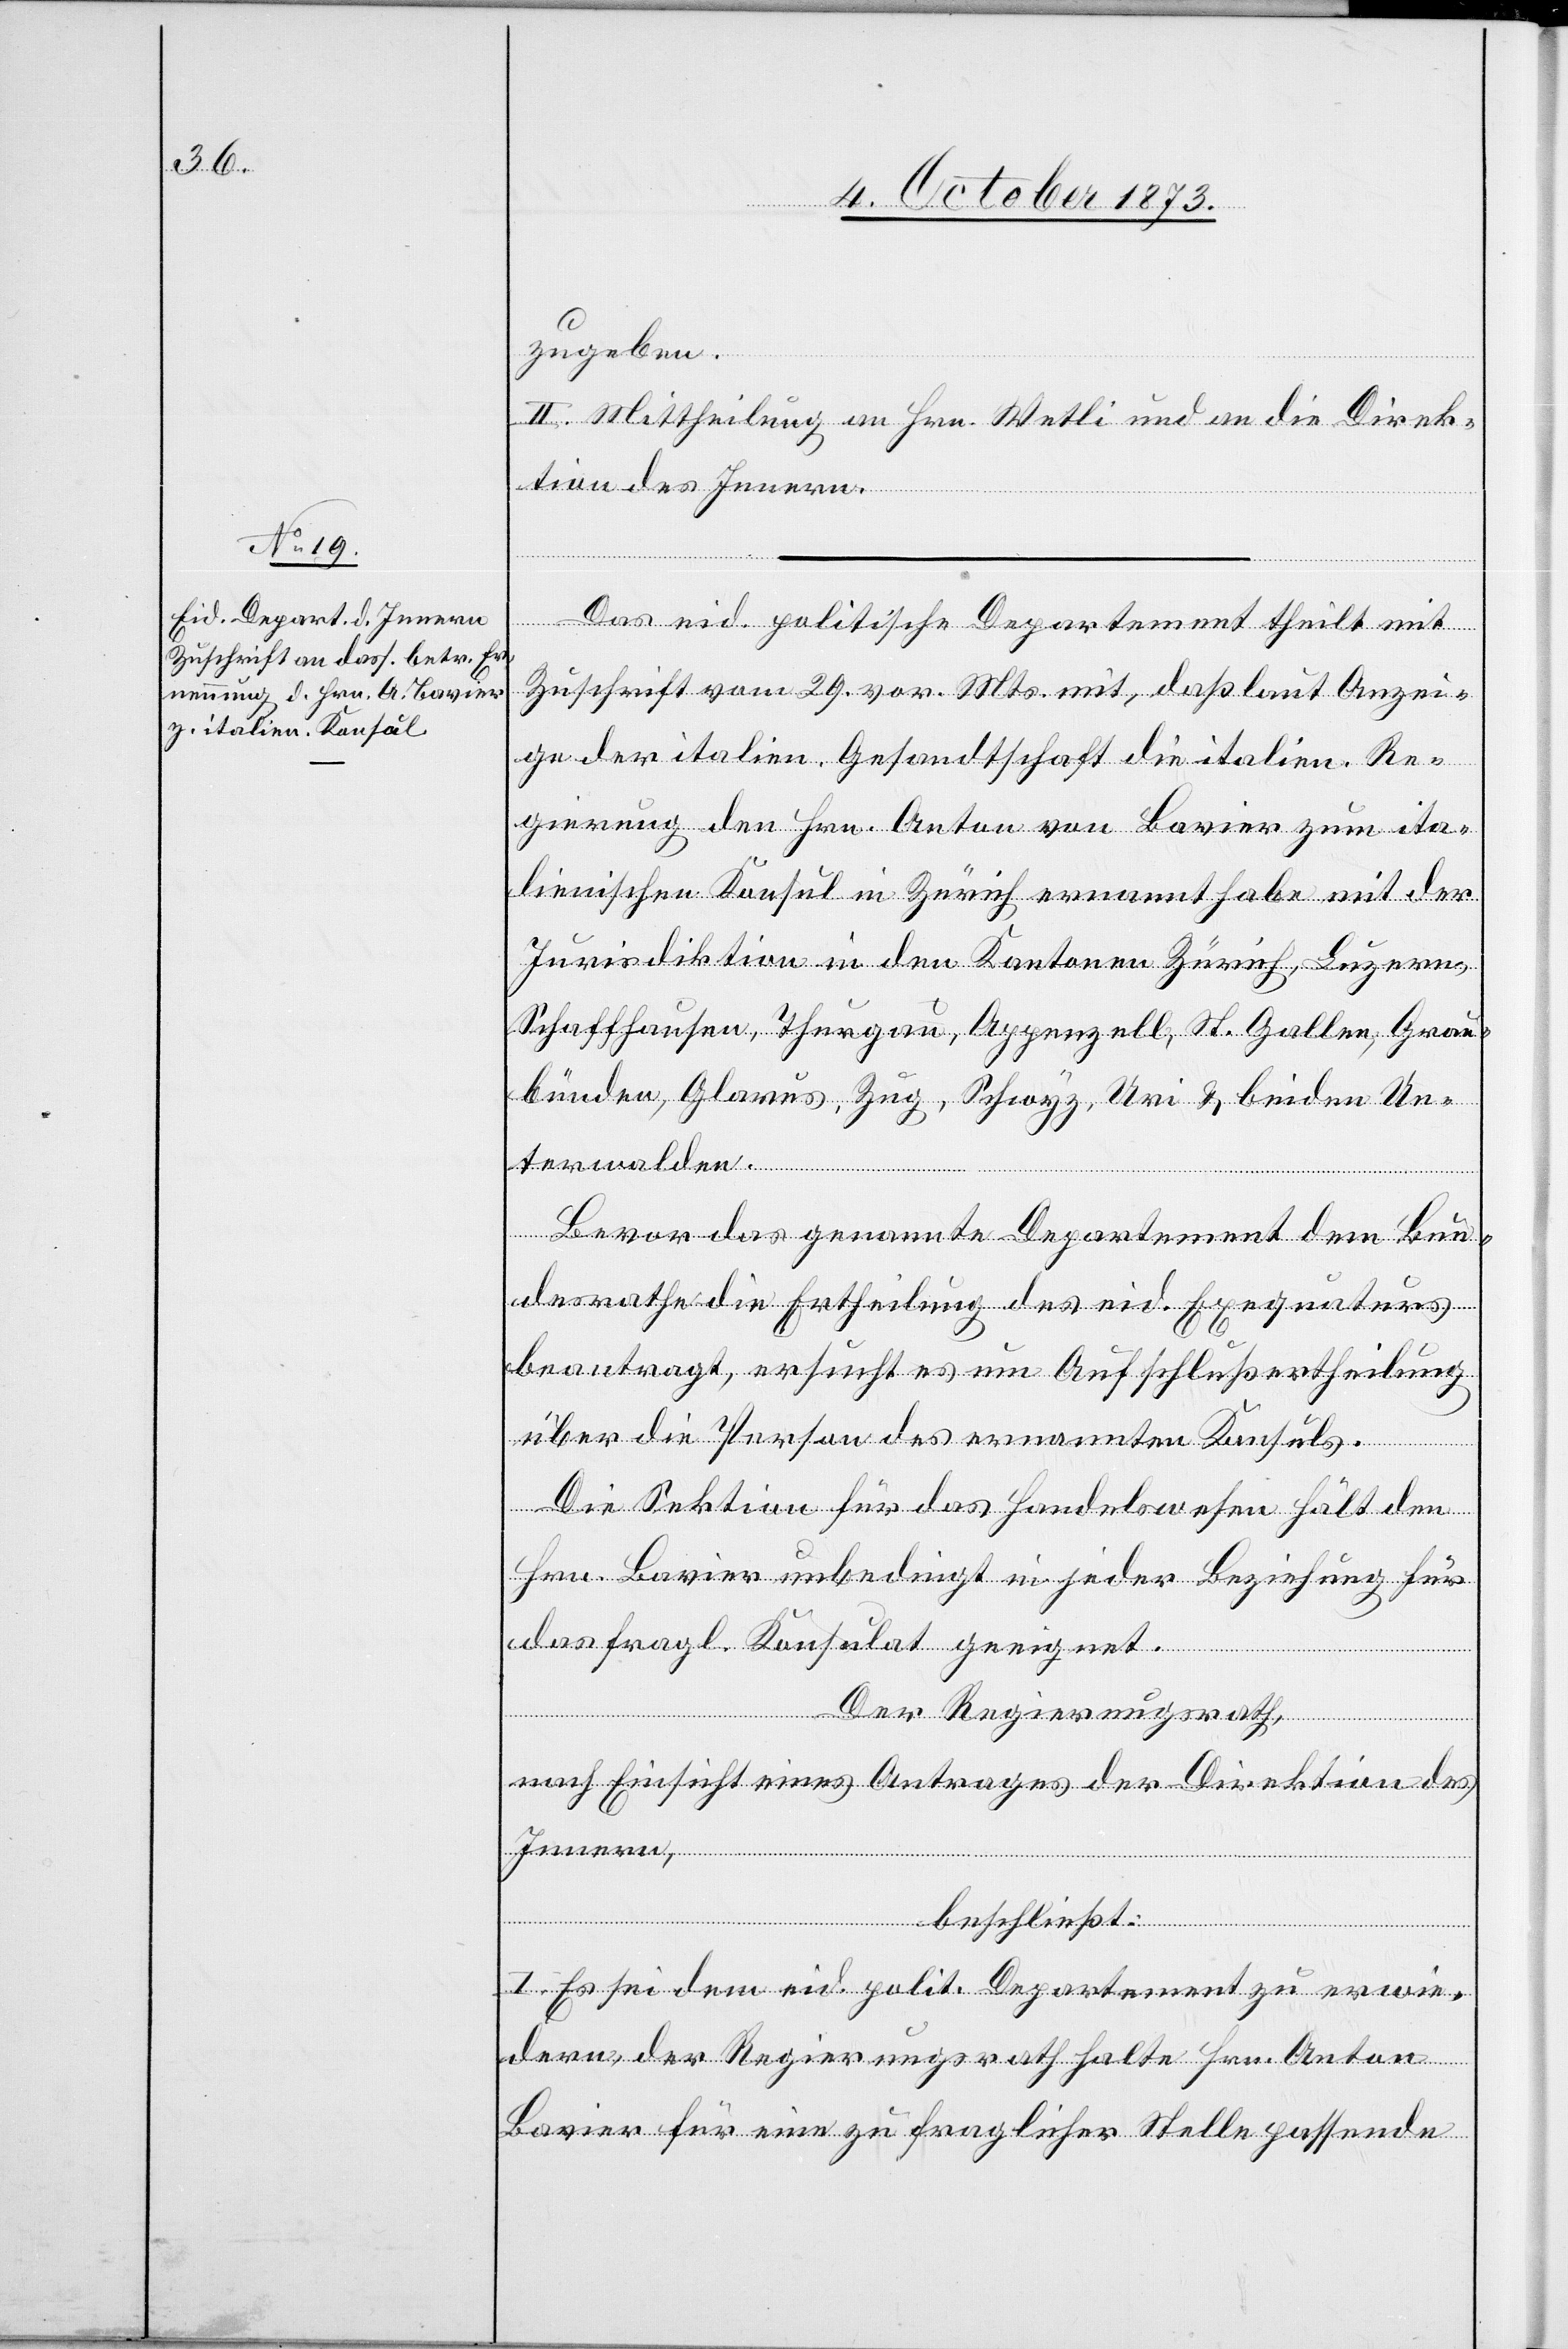
zugeben.
II. Mittheilung an Hrn. Wetli und an die Direk¬
tion des Innern.
Das eid. politische Departement theilt mit
Zuschrift vom 29. vor. Mts. mit, daß laut Anzei¬
ge der italien. Gesandtschaft die italien. Re¬
gierung den Hrn. Anton von Bavier zum ita¬
lienischen Konsul in Zürich ernannt habe mit der
Jurisdiktion in den Kantonen Zürich, Luzern,
Schaffhausen, Thurgau, Appenzell, St. Gallen, Grau¬
bünden, Glarus, Zug, Schwyz, Uri & beiden Un¬
terwalden.
Bevor das genannte Departement dem Bun¬
desrathe die Ertheilung des eid. Exequaturs
beantragt, ersucht es um Aufschlußertheilung
über die Person des ernannten Konsuls.
Die Sektion für das Handelswesen hält den
Hrn. Bavier unbedingt in jeder Beziehung für
das fragl. Konsulat geeignet.
Der Regierungsrath,
nach Einsicht eines Antrages der Direktion des
Innern,
I. Es sei dem eid. polit. Departement zu erwie¬
dern, der Regierungsrath halte Hrn. Anton
Bavier für eine zu fraglicher Stelle passende